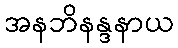
အနဘိနန္ဒနာယ